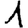
Digit: 1